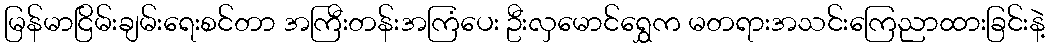
မြန်မာငြိမ်းချမ်းရေးစင်တာ အကြီးတန်းအကြံပေး ဦးလှမောင်ရွှေက မတရားအသင်းကြေညာထားခြင်းနဲ့